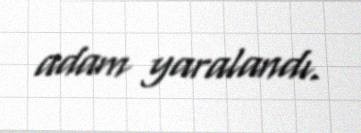
adam yaralandı.